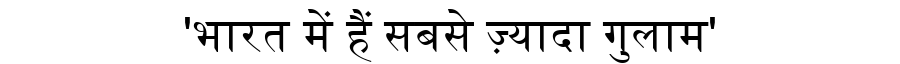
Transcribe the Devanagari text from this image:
'भारत में हैं सबसे ज़्यादा गुलाम'